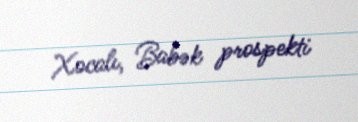
Xocalı, Babək prospekti